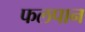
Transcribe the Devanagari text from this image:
फलपान